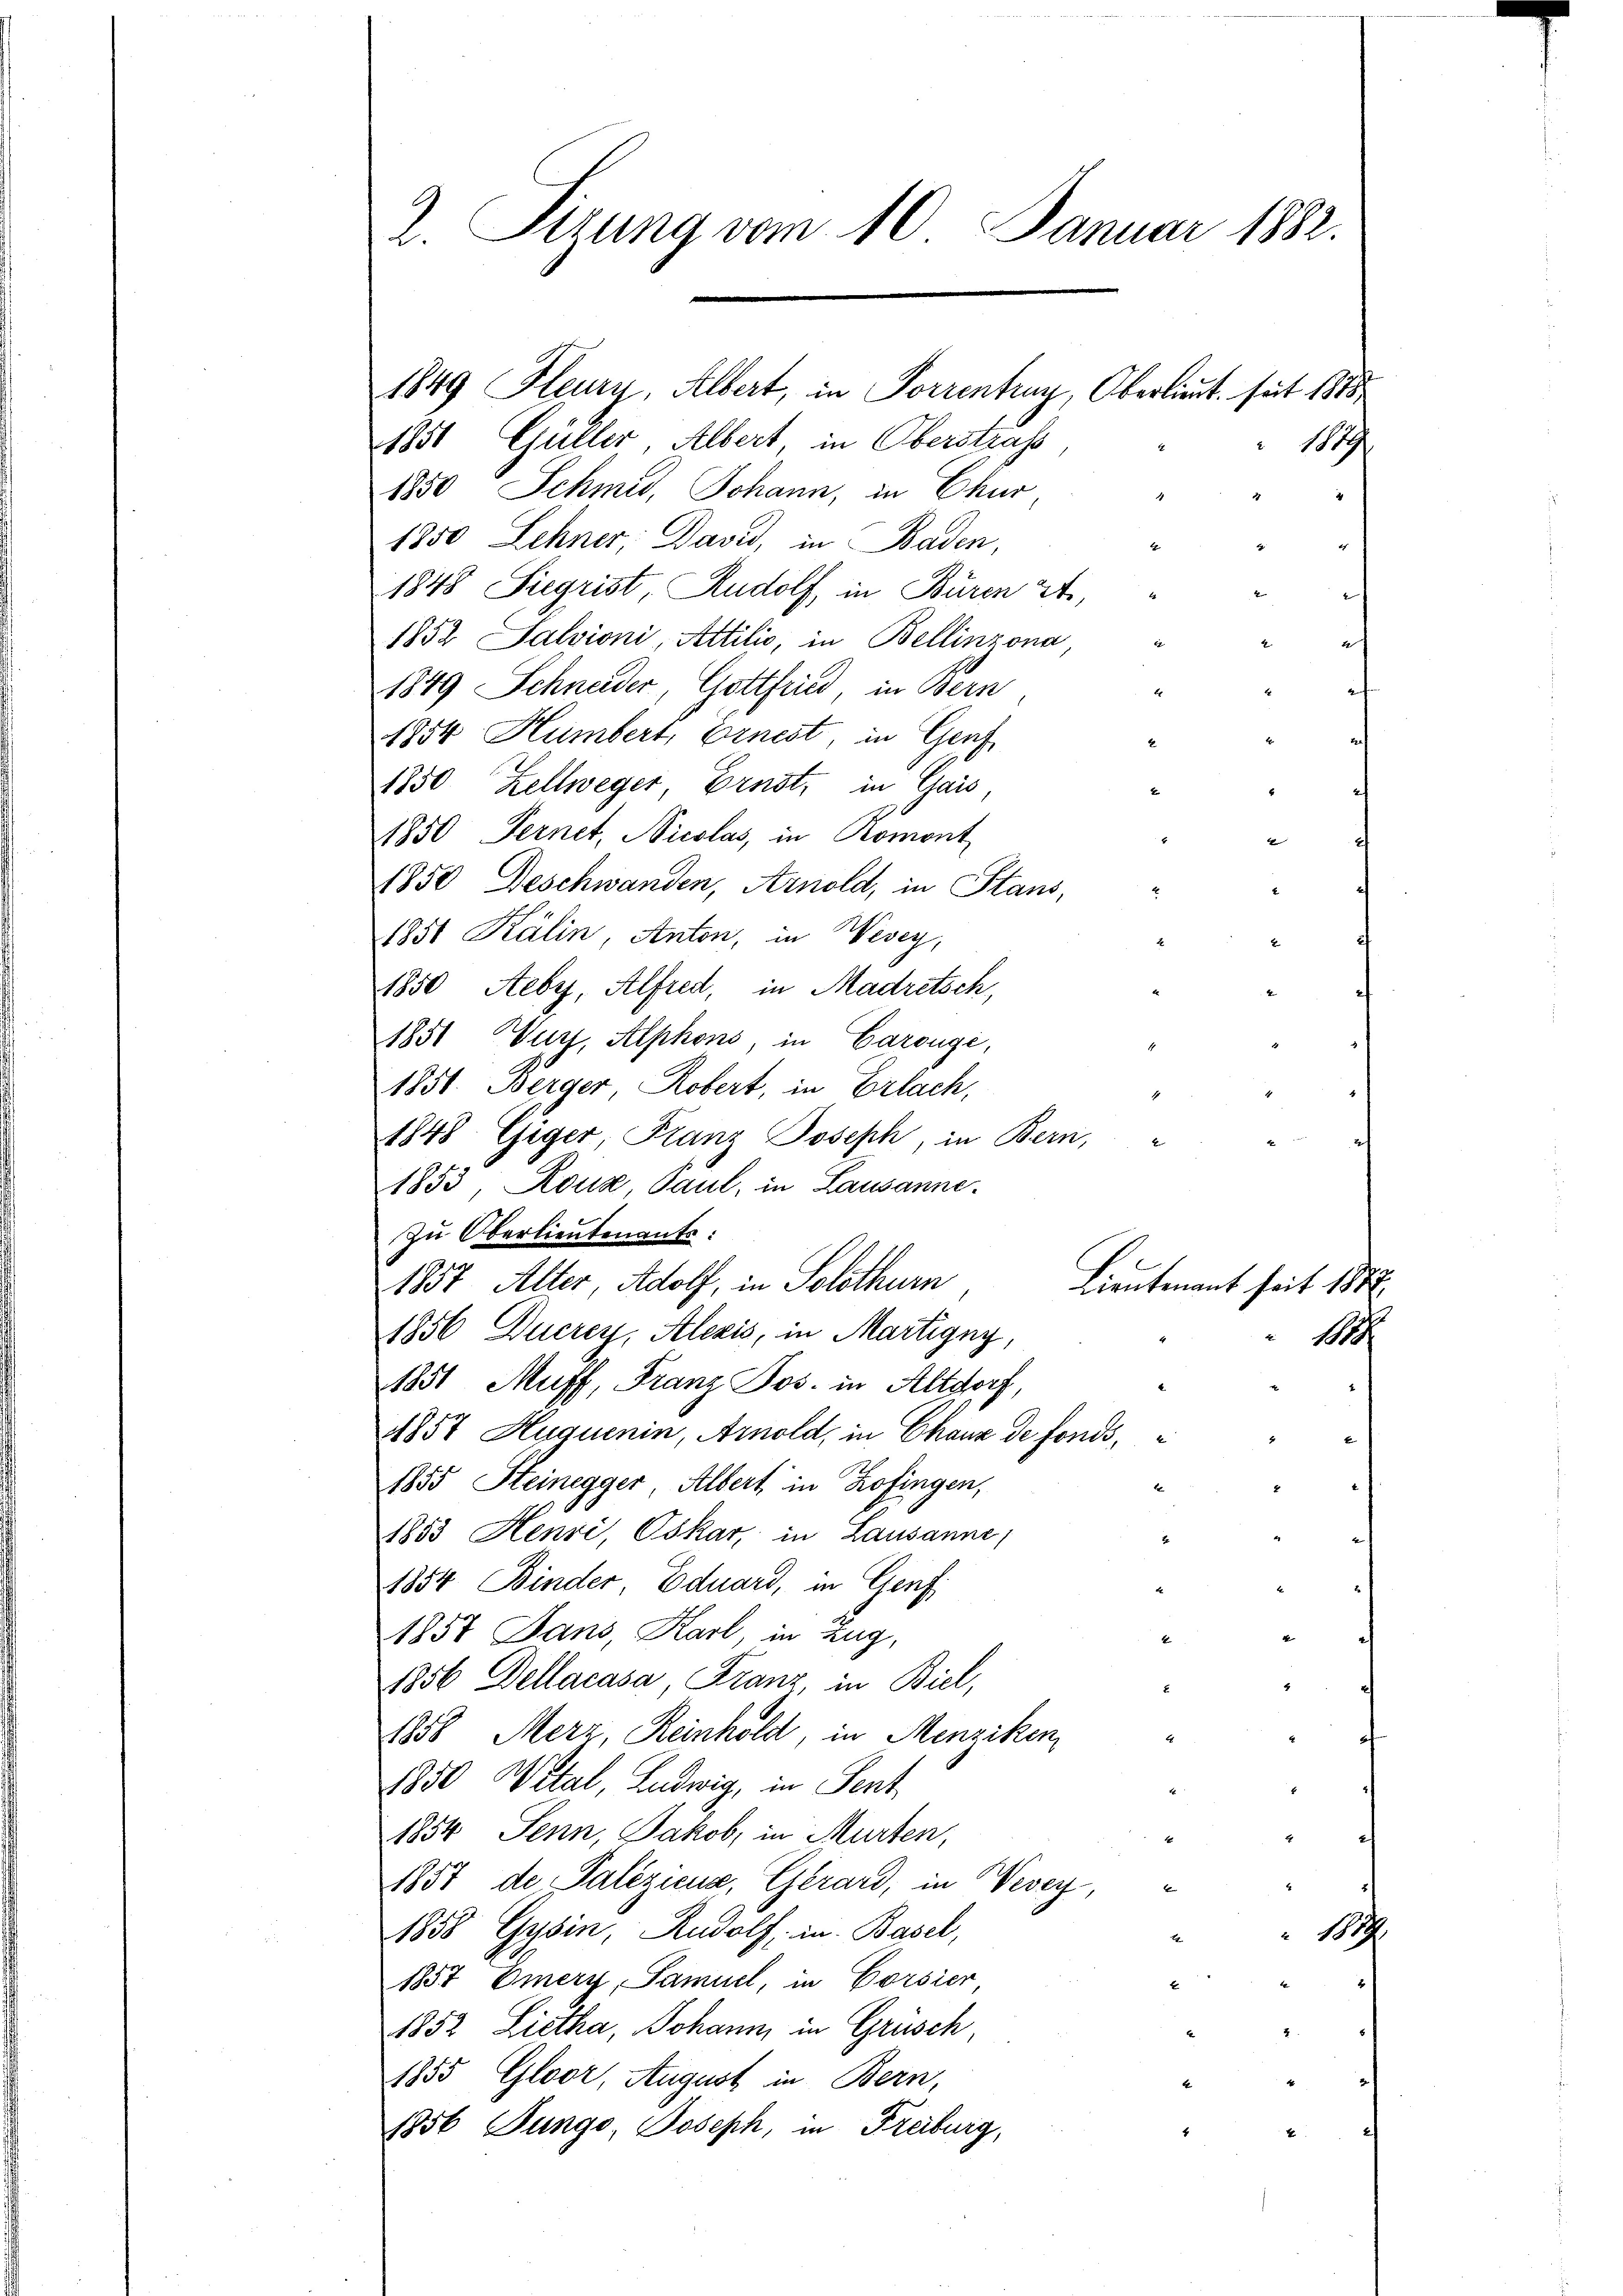
2. Sizung vom 10. Januar 1882.

1849 Feury, Albert, in Forrentrag, Oberlieut. sut 1815
1851 Güller Albert, in Oberstraf,
1850 Schmid, Johann, in Chur
1850 Lehner, David, in Baden,
1848 Siegrist Rudolf, in Büren A
1852 Salvioni, Attilio, in Bellinzona,
1849 Schneider, Gottfried, in Bern
1854 Humbert, Ernest, in Genf
1850 Zellweger Ernst, in Gais,
1850 Fernet, Nicolas, in Romont
1850 Beschwanden, Arnold, in Stans,
1851 Kälin, Anton, in Wesey,
1850 Aebrz, Alfred, in Madretsch,
1851 Wurz, Alphons, in Carouge,
1851. Berger Robert, in Erlach,
1848 Giger, Franz Joseph, in Bern,
2
1853 Rouz, Paul, in Lausanne.
Zu Oberlieutenants:
1857 Alter, Adolf, in Solothurn
1856 Ducrey, Alexis, in Martigny,
1851 Muff, Franz Jos. in Altdorf,
1857 Huquenin, Arnold, in Chaux de fonds,
1855 Steinegger Albert, in Zofingen,
1853 Henri, Oskar, in Lausanne,
1854 Binder, Eduard, in Genf
1857 Jans, Karl, in Zug,
4
1856 Dellacasa, Franz in Biel,
1858 Merz, Reinhold, in Menziken,
E
1850 Wital, Ludwig, in Sent
1854 Senn, Jakob, in Murten,
1857 de Paleziens, Gerard, in Vevey,
1858 Gysin, Rudolf, in Basel,
1
1
1857 Emery, Samuel, in Corsier,
4
1852 Litha, Johann in Grüsch
4
1855 Gloor, August in Bern,
1856 Jungo, Joseph, in Freiburg,

2
2

1889
4.

Lieutenant seit 1888
1877